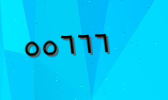
٥٥٦٦٦